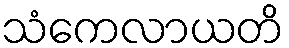
သံကေလာယတိ